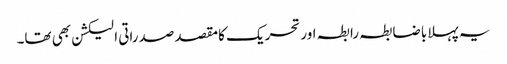
یہ پہلا باضابطہ رابطہ اور تحریک کامقصد صدراتی الیکشن بھی تھا۔